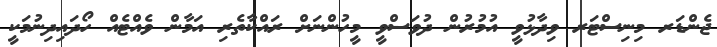
ޖެންޑަރ މިނިސްޓަރ ވިދާޅުވީ އުމުރުން ދުވަސްވީ މީހުންނަށް ރައްކާތެރި އަމާން ވެއްޓެއް ހޯދައިދިނުމަކީ